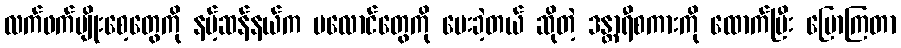
လက်ဖက်မျိုးစေ့တွေကို နမ့်ဆန်နယ်က ပလောင်တွေကို ပေးခဲ့တယ် ဆိုတဲ့ ဒန္တာရီစကားကို ထောက်ပြီး ပြောကြတာ